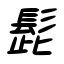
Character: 髭